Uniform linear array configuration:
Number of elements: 12
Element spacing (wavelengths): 1
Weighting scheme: hamming
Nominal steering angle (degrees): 45
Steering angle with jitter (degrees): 43.118
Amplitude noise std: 0.05
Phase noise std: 0.05

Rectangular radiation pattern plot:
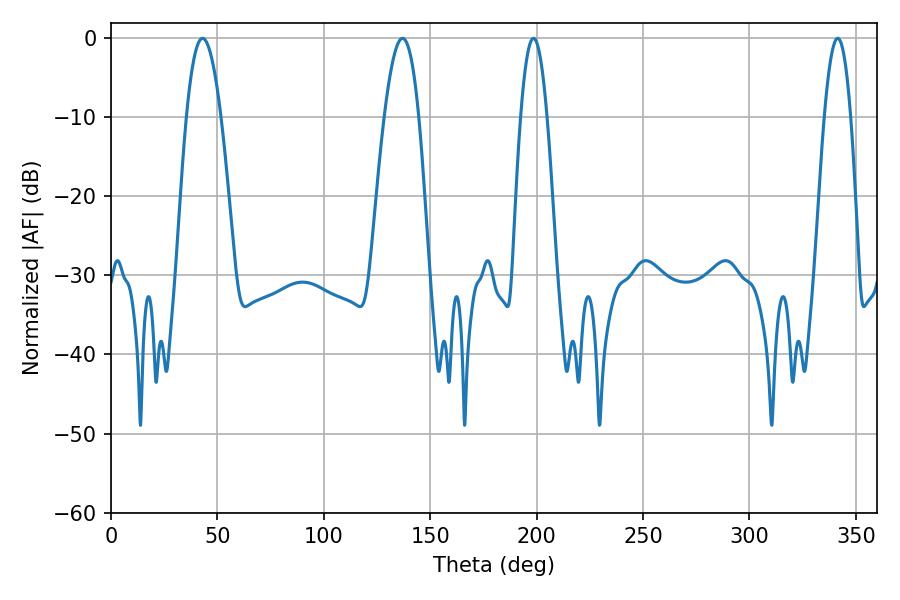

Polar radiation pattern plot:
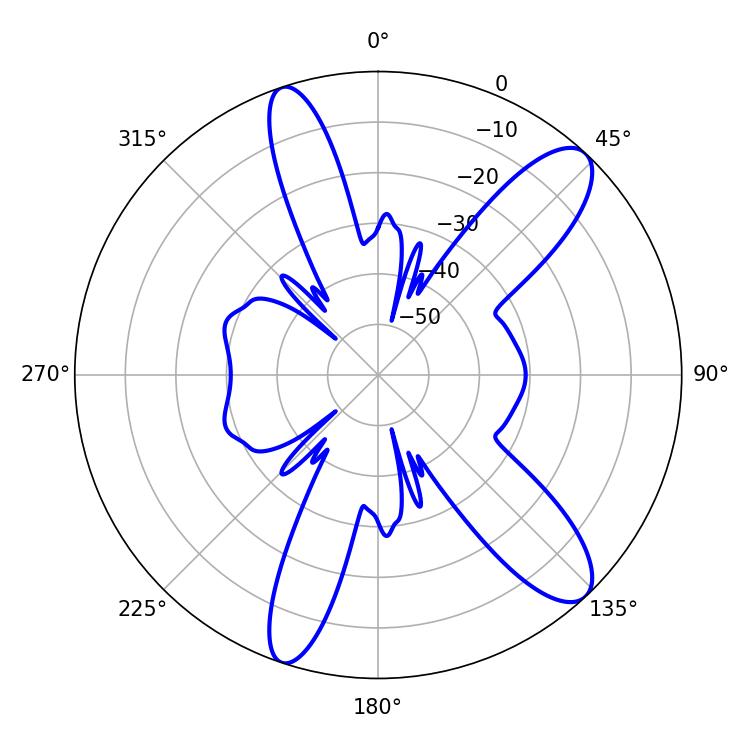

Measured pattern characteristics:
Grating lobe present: TRUE
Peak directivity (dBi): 11.344
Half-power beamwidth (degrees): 9
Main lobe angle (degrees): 43.02